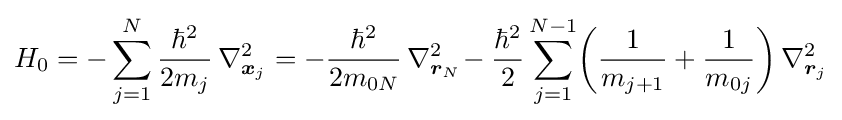
H_{0}=-\sum _{j=1}^{N}{\frac {\hbar ^{2}}{2m_{j}}}\,\nabla _{{\boldsymbol {x}}_{j}}^{2}=-{\frac {\hbar ^{2}}{2m_{0N}}}\,\nabla _{{\boldsymbol {r}}_{N}}^{2}\!-{\frac {\hbar ^{2}}{2}}\sum _{j=1}^{N-1}\!\left({\frac {1}{m_{j+1}}}+{\frac {1}{m_{0j}}}\right)\nabla _{{\boldsymbol {r}}_{j}}^{2}